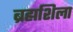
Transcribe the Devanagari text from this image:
ब्रह्मशिला